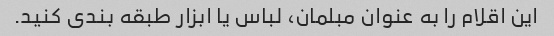
این اقلام را به عنوان مبلمان، لباس یا ابزار طبقه بندی کنید.